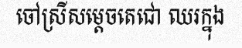
ចៅស្រីសម្តេចតេជោ ឈរក្នុង